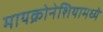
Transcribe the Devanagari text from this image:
मायक्रोनेशियामध्ये